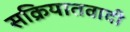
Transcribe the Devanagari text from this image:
सक्रियातवादी